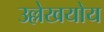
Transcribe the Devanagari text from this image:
उल्लेखयोय